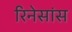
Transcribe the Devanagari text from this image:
रिनेसांस